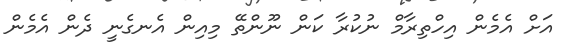
އަށް އެމެން އިހްތިރާމް ނުކުރާ ކަން ނޫންތޭ މިއިން އެނގެނީ ދެން އެމެން